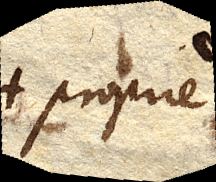
proprie